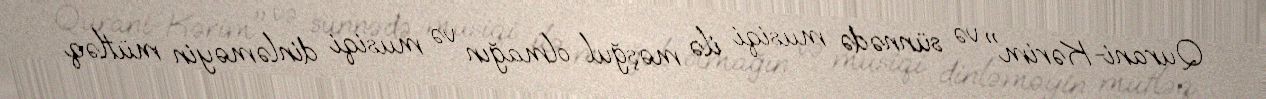
Qurani-Kərim" və sünnədə musiqi ilə məşğul olmağın və musiqi dinləməyin mütləq